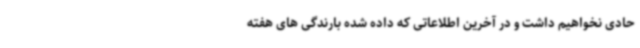
حادی نخواهیم داشت و در آخرین اطلاعاتی که داده شده بارندگی های هفته